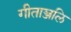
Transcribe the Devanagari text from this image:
गीताञ्जलि